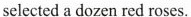
selected a dozen red roses.